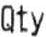
QTY